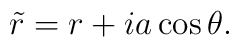
\tilde r = r + ia \cos \theta .